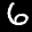
Label: 6